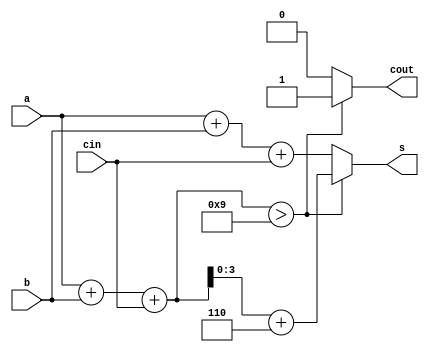
module lab01_2(
    input [3:0]a,
    input [3:0]b, 
    input cin,
    output cout,
    output [3:0]s
    );
    reg cout;
    reg [3:0]s;

    always @* begin
        if (a + b + cin > 9) begin
            cout = 1;
            s = a + b + cin + 6;
        end
        else begin
            cout = 0;
            s = a + b + cin;
        end
    end
endmodule